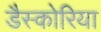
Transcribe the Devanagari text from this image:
डैस्कोरिया